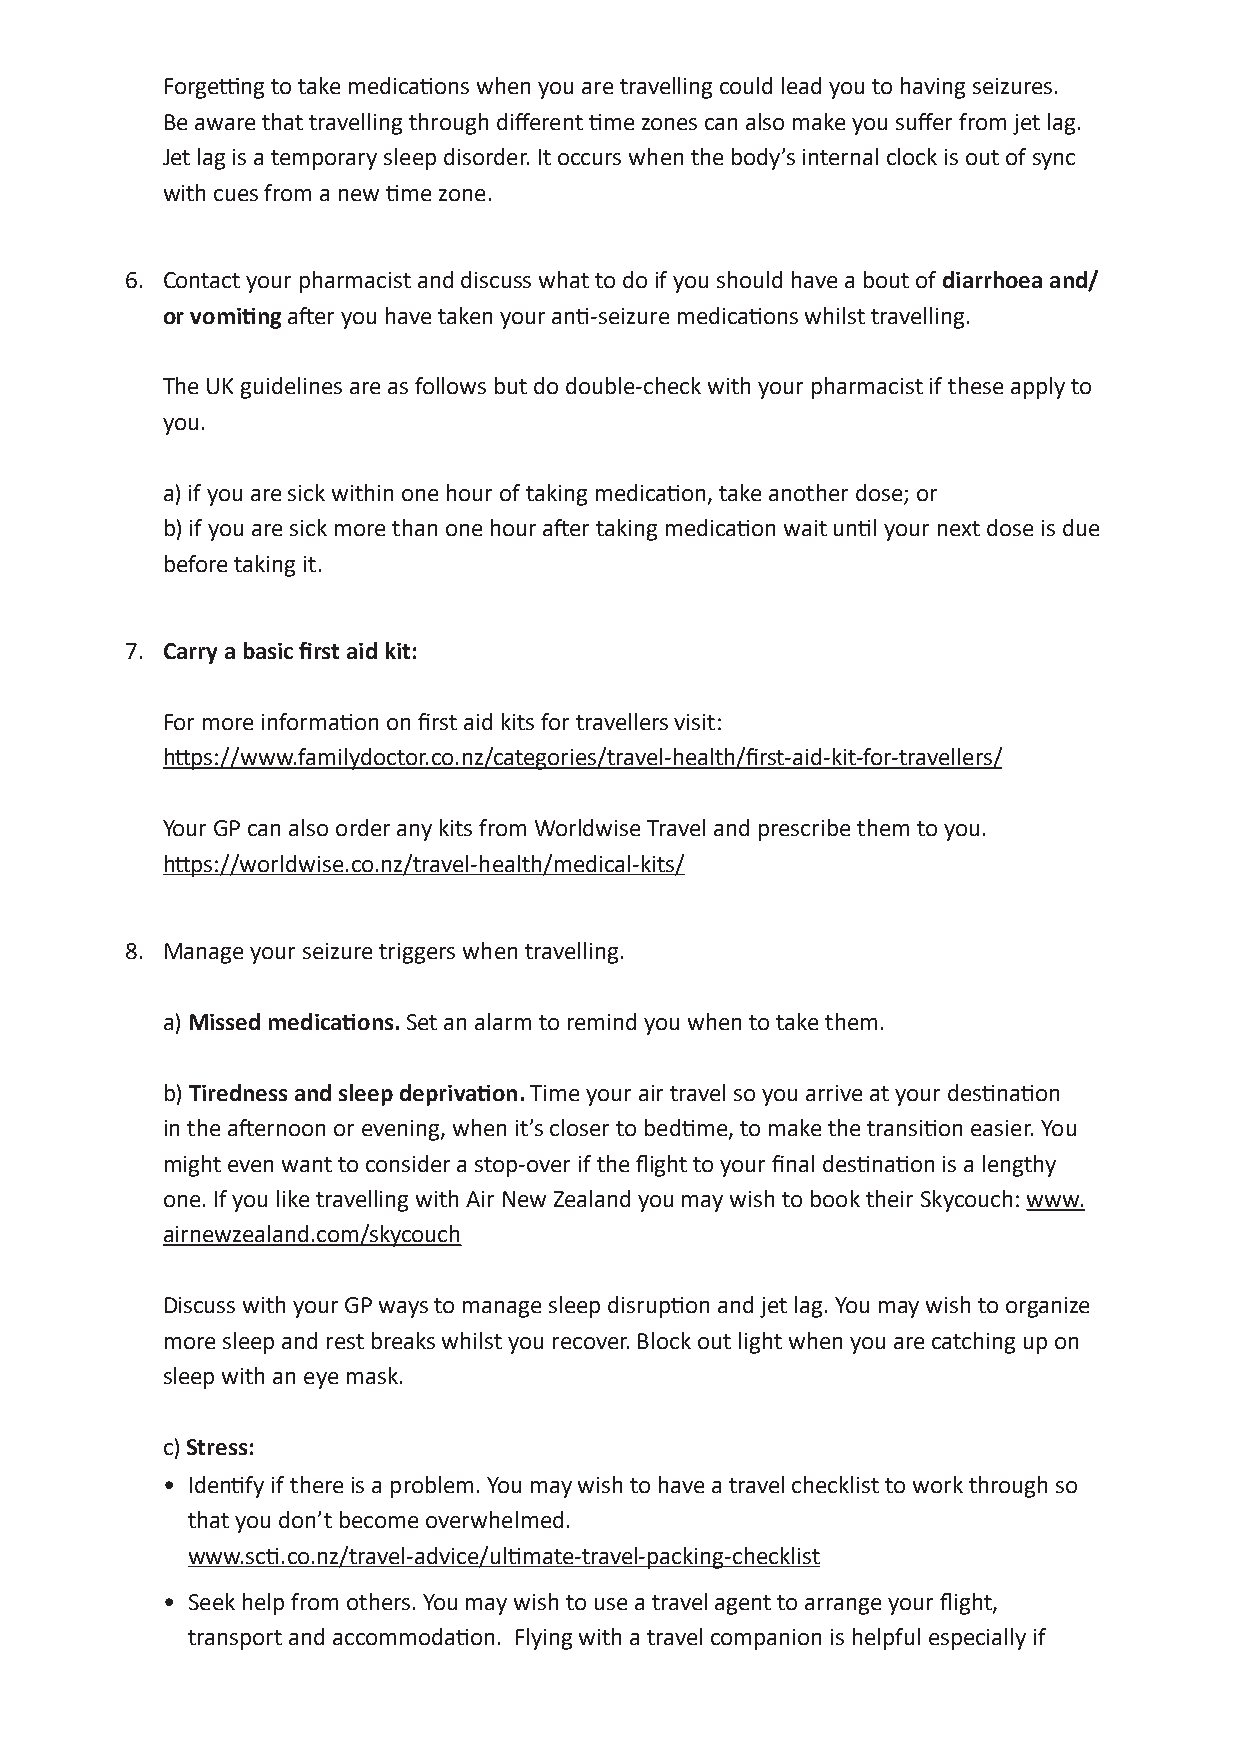
Forgetting to take medications when you are travelling could lead you to having seizures.
 Be aware that travelling through different time zones can also make you suffer from jet lag.
 Jet lag is a temporary sleep disorder. It occurs when the body’s internal clock is out of sync
 with cues from a new time zone.
 6. Contact your pharmacist and discuss what to do if you should have a bout of diarrhoea and/
 or vomiting after you have taken your anti-seizure medications whilst travelling.
 The UK guidelines are as follows but do double-check with your pharmacist if these apply to
 you.
 a) if you are sick within one hour of taking medication, take another dose; or
 b) if you are sick more than one hour after taking medication wait until your next dose is due
 before taking it.
 7. Carry a basic first aid kit:
 For more information on first aid kits for travellers visit:
 https://www.familydoctor.co.nz/categories/travel-health/first-aid-kit-for-travellers/
 Your GP can also order any kits from Worldwise Travel and prescribe them to you.
 https://worldwise.co.nz/travel-health/medical-kits/
 8. Manage your seizure triggers when travelling.
 a) Missed medications. Set an alarm to remind you when to take them.
 b) Tiredness and sleep deprivation. Time your air travel so you arrive at your destination
 in the afternoon or evening, when it’s closer to bedtime, to make the transition easier. You
 Disclaimer: this fact sheet is for educati on purposes only. Please consult your doctor or other health professional
 might even want to consider a stop-over if the flight to your final destination is a lengthy for advice regarding your epilepsy.
 one. If you like travelling with Air New Zealand you may wish to book their Skycouch: www.
 airnewzealand.com/skycouch
 Discuss with your GP ways to manage sleep disruption and jet lag. You may wish to organize
 more sleep and rest breaks whilst you recover. Block out light when you are catching up on
 sleep with an eye mask.
 c) Stress:
 • Identify if there is a problem. You may wish to have a travel checklist to work through so
 that you don’t become overwhelmed.
 www.scti.co.nz/travel-advice/ultimate-travel-packing-checklist
 • Seek help from others. You may wish to use a travel agent to arrange your flight,
 transport and accommodation. Flying with a travel companion is helpful especially if